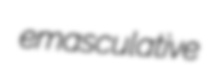
emasculative